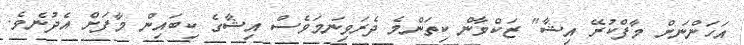
އަހަންނަށް މާފްކުރޭ އިޝާ" ޒަކްވާން ކިތަންމެ ދެރަވިނަމަވެސް އިޝާގެ ކިބައިން މާފަށް އެދުނެވެ.